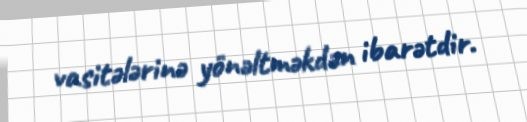
vasitələrinə yönəltməkdən ibarətdir.